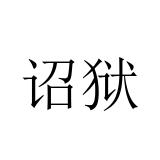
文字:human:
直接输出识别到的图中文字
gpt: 诏狱